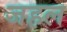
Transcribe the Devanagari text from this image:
जहल